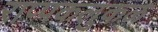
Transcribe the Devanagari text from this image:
राप्पकलुकळ